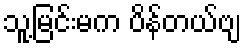
သူ့မြင်းမက ပိန်တယ်ဗျ